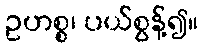
ဥဟစ္စ၊ ပယ်စွန့်၍။